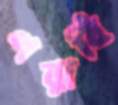
পরাবি